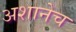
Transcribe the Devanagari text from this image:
अशानेच